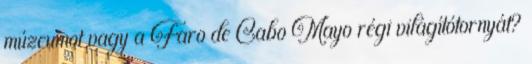
múzeumot vagy a Faro de Cabo Mayo régi világítótornyát?